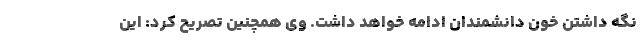
نگه داشتن خون دانشمندان ادامه خواهد داشت. وی همچنین تصریح کرد: این